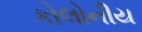
કોલોનીય